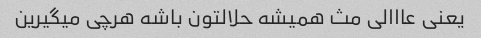
یعنی عااالی مث همیشه حلالتون باشه هرچی میگیرین